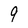
Character: 9